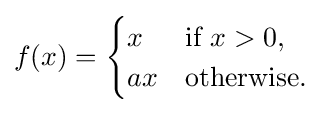
f(x)={\begin{cases}x&{\text{if }}x>0,\\ax&{\text{otherwise}}.\end{cases}}